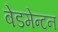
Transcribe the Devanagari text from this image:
बेडमेन्टन